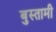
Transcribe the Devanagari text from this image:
बुस्तामी